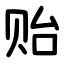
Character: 贻